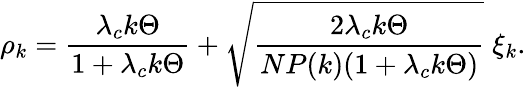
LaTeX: \rho_{k}=\frac{\lambda_{c}k\Theta}{1+\lambda_{c}k\Theta}+\sqrt{\frac{2\lambda_{c}k\Theta}{NP(k)(1+\lambda_{c}k\Theta)}}\; \xi_{k}.